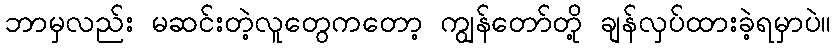
ဘာမှလည်း မဆင်းတဲ့လူတွေကတော့ ကျွန်တော်တို့ ချန်လှပ်ထားခဲ့ရမှာပဲ။